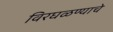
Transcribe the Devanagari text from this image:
विरघळण्याचे